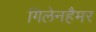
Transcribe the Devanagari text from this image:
गिलेनहैमर